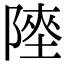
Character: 𨻊